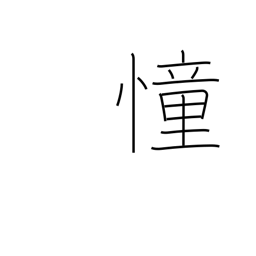
Meaning: yearn after